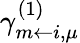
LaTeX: \gamma_{m\leftarrow i,\mu}^{(1)}